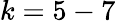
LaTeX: k=5-7